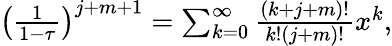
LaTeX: \begin{array}{r}{\left(\frac{1}{1-\tau}\right)^{j+m+1}=\sum_{k=0}^{\infty}\frac{(k+j+m)!}{k!(j+m)!}x^{k},}\end{array}